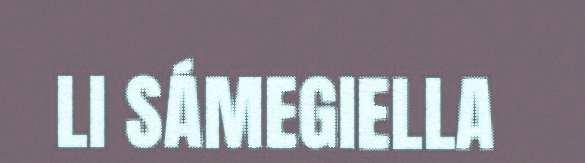
LI SÁMEGIELLA